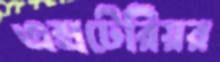
এক্সটেরিয়র